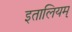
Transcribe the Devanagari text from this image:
इतालियम्